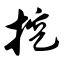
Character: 挖